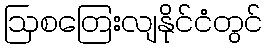
ဩစတြေးလျနိုင်ငံတွင်